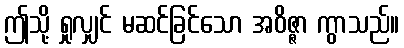
ဤသို့ ရှုလျှင် မဆင်ခြင်သော အဝိဇ္ဇာ ကွာသည်။